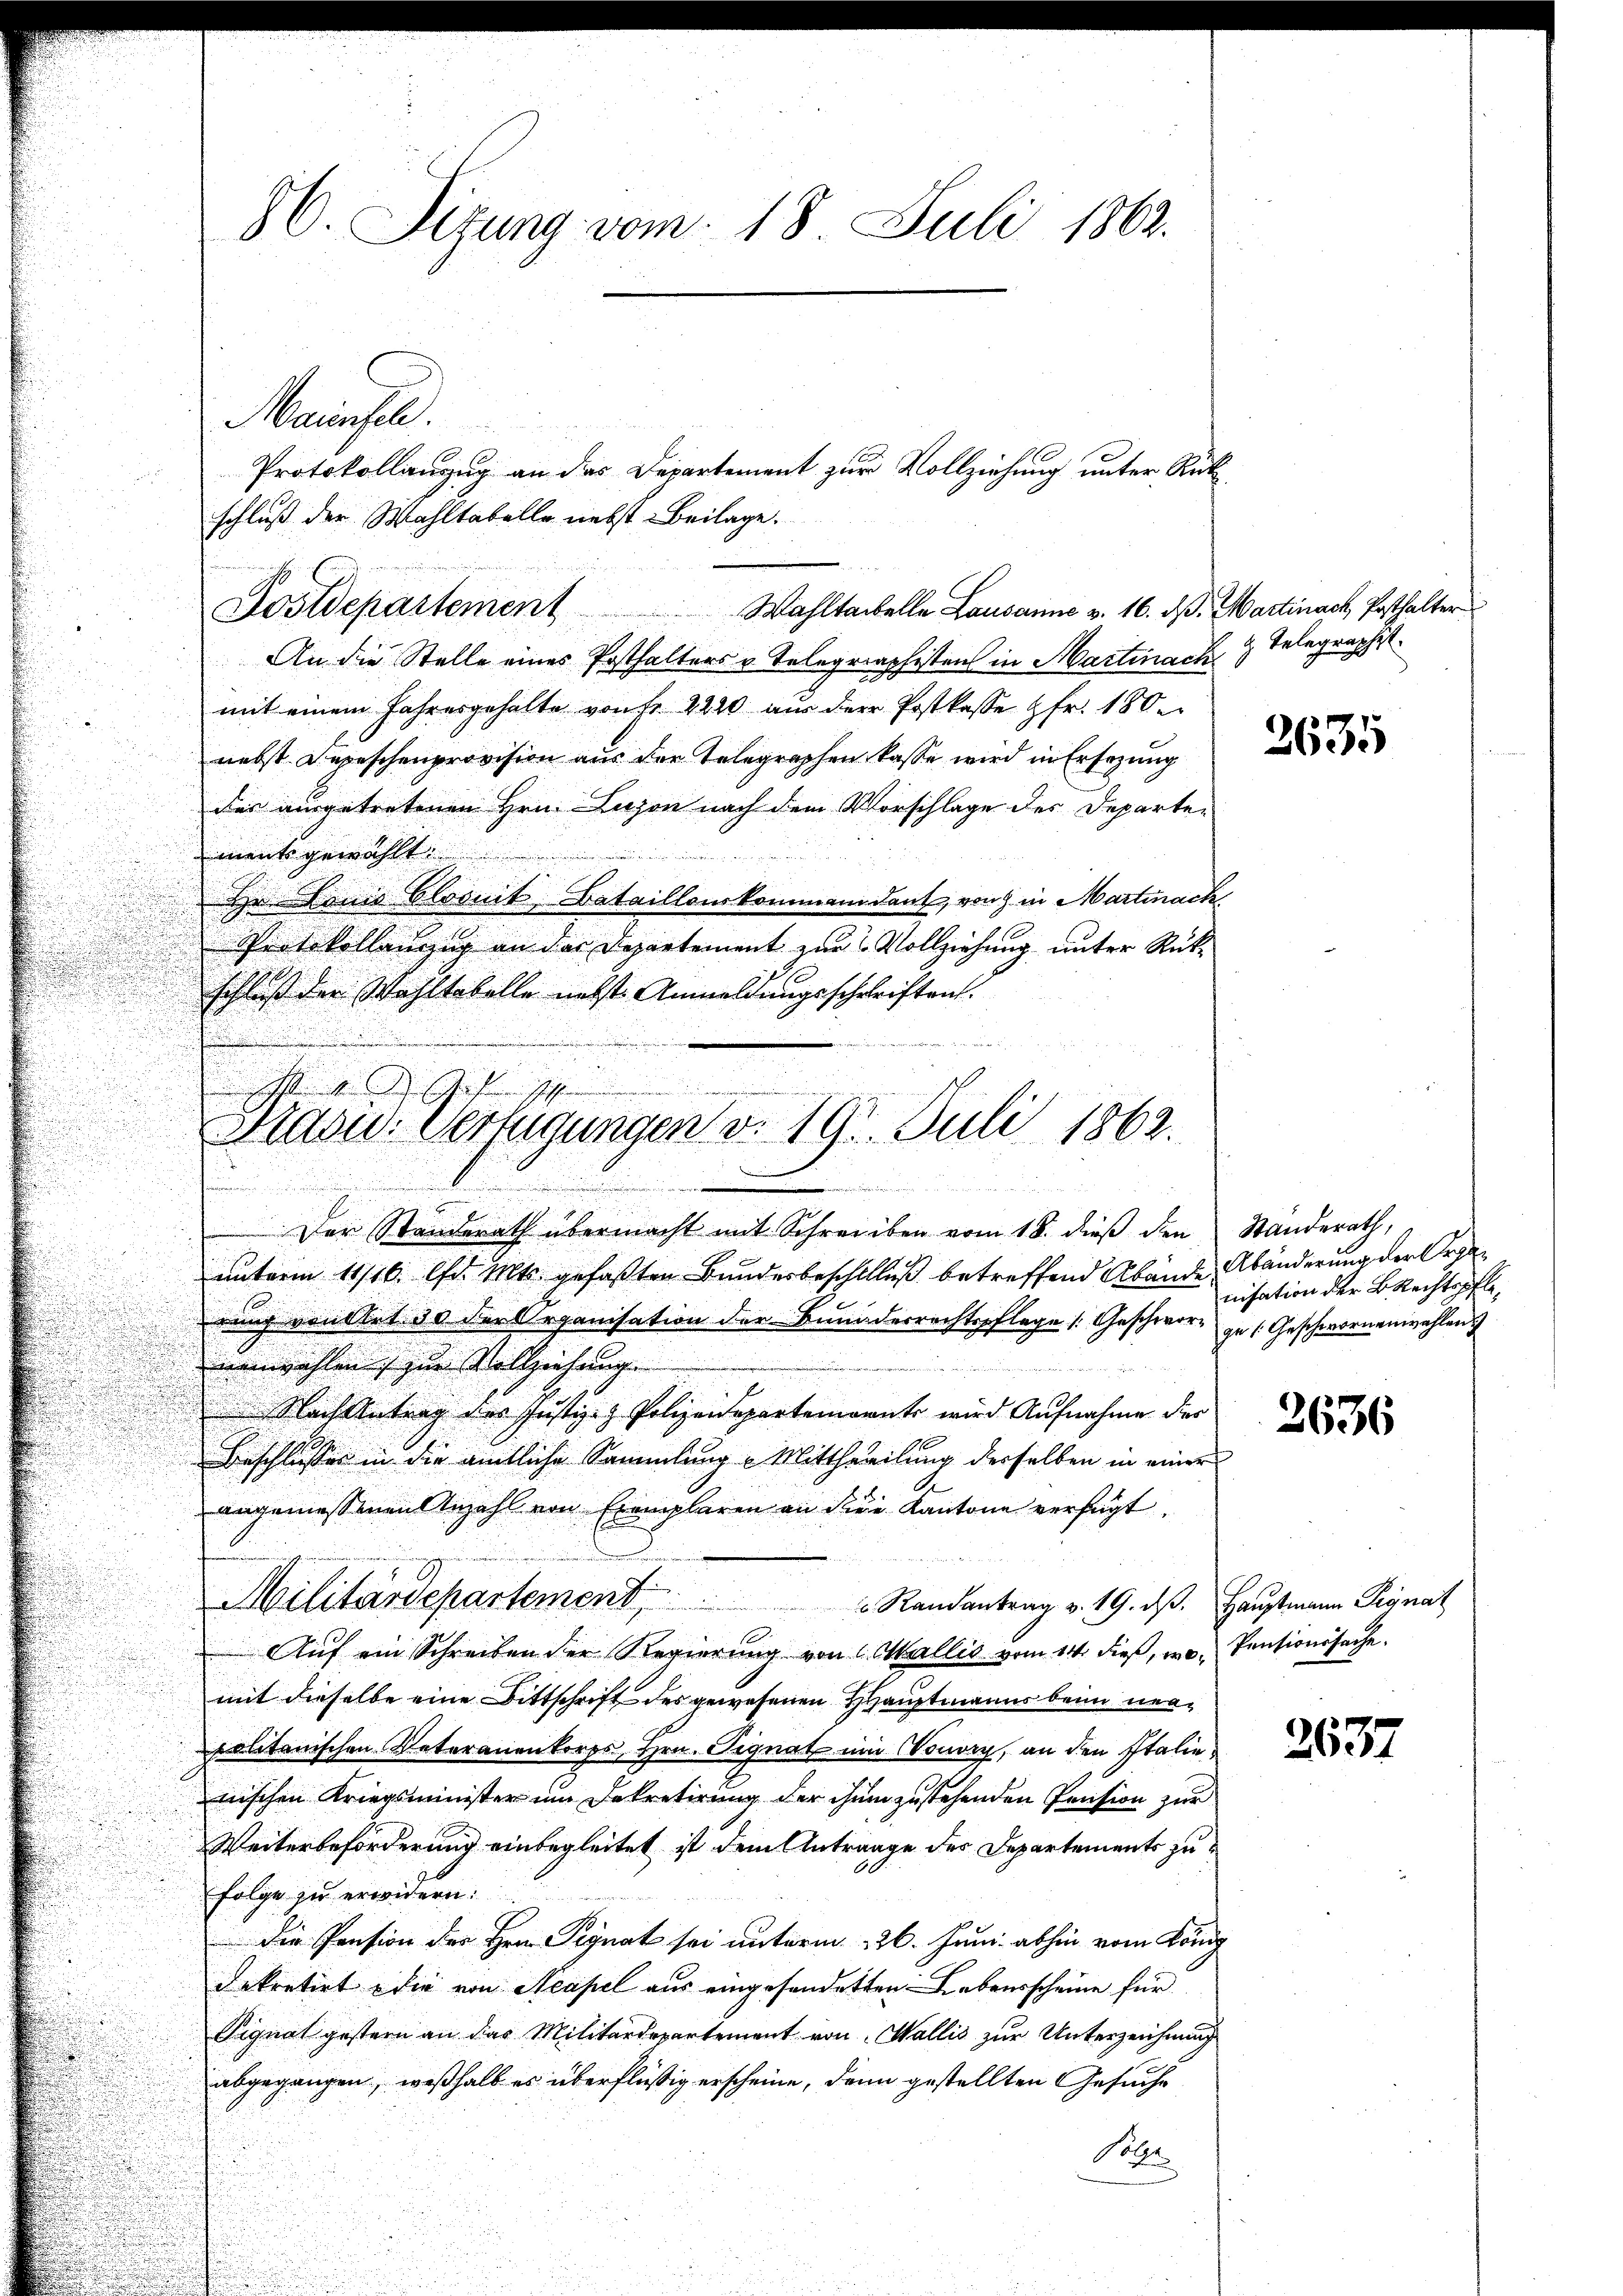
Maassel.
schluß der Wahltabelle nebst Beilage.
Wahltaibelle Lausanne v. 16. d. Martinack, Posthalter
An die Stelle eines Posthalters u. Telegraphistens in Martinack
mit einem Jahresgehalte von fr 2220 aus der Postkasse fr. 180
nebst Depeschenprovision aus der Telegraphen kasse wird in Ersezung
des ausgetretenen Hrn. Lison nach dem Vorschlage des Departen
ments gewählt.
d
Hu Linie blosnit Bataillonskommendant, von in Martinack
Protokollanzug an der Departement zur Vollziehung unter Rückschluß der Wohltabelle nebst Anmeldungsschriften.
u

u
Der Standerath übermacht mit Schreiben vom 18. dieβ den Ständerath,
unterm 11/16. d. Mts. gefaßten Bundesbeschlfluß betreffend Abände Abänderung der Orgarung voullet 30 der Organisation der Bundesrechtspflege /: Geschwore zu (Geschwornenwahlen
nenwahlen zur Vollziehung.
 Nach Antrag des Justiz- & Polizeidepartemonnte wird Aufnahme des
Beschlusses in die amtliche Sammlung - Mittheilung derselben in einer
angemessenen Anzahl von Exemplaren an deren Kantone verfügt
Militärdepartement                             Randantrag v. 19. dβ. Hauptmann Signat
Aŭf ein Schreiben der Regierŭng von Wallis vom 14. dieβ, wo Pensionssache.
mit dieselbe eine Bittschrift des gewesenen Hauptmanns beim neupolitanischen Vaterauenkorps, Hrn. Signat um Vorory, an den Italie
nischen Kriegsminister um Dekretirung der ihm zustehenden Pension zur
Weiterbeförderung einbegleitet ist dem Antrage des Departements zu
folge zu erwidern.
die Pension der Hrn. Pignat sei unterm 26. Juni abhin vom König
Dekretirt die von Neapel aus eingesandetten Lebensscheine für
Pignat gestern an das Militärdepartement von Wallis zur Unterzeichnung
abgegangen, weßhalb es überflüßig erscheine, dann gestellten Gesuche
Solle

86. Sizung vom 18. Juli 1862.

Postdepartement

Protokollanzug an das Departement zur Vollziehung unter Rück¬

d ist der
Stasw. Verfügungen v. 19. Juli 1862.
n
m

z Telegraphist.

2635

nisation der Brechtspfle¬

2636

2637